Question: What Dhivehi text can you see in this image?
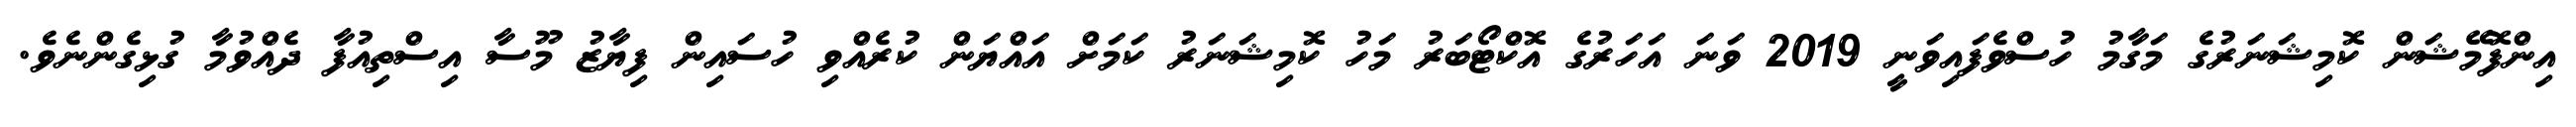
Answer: އިންފޮމޭޝަން ކޮމިޝަނަރުގެ މަގާމު ހުސްވެފައިވަނީ 2019 ވަނަ އަހަރުގެ އޮކްޓޯބަރު މަހު ކޮމިޝަނަރު ކަމަށް އައްޔަން ކުރެއްވި ހުސައިން ފިޔާޒު މޫސާ އިސްތިއުފާ ދެއްވުމާ ގުޅިގެންނެވެ.